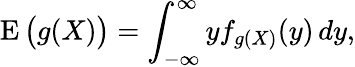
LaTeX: \operatorname{E}{\big(}g(X){\big)}=\int_{-\infty}^{\infty}yf_{g(X)}(y)\, dy,